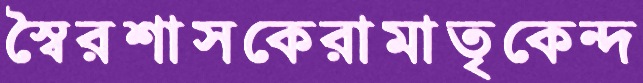
স্বৈরশাসকেরামাতৃকেন্দ